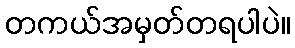
တကယ်အမှတ်တရပါပဲ။